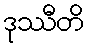
ဒုဿီတိ